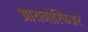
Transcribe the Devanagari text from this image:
आयनोस्फिअर